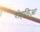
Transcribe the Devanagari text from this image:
रोहलिआ